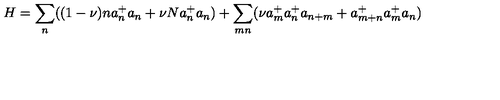
H = \sum _ { n } ( ( 1 - \nu ) n a _ { n } ^ { + } a _ { n } + \nu N a _ { n } ^ { + } a _ { n } ) + \sum _ { m n } ( \nu a _ { m } ^ { + } a _ { n } ^ { + } a _ { n + m } + a _ { m + n } ^ { + } a _ { m } ^ { + } a _ { n } )